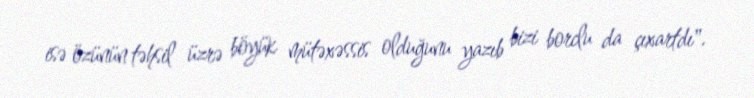
isə özünün təhsil üzrə böyük mütəxəssis olduğunu yazıb bizi borclu da çıxartdı".